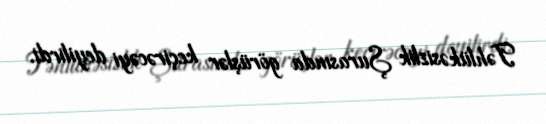
Təhlükəsizlik Şurasında görüşlər keçirəcəyi deyilirdi.